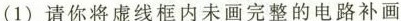
(1)请你将虚线框内未画完整的电路补画